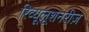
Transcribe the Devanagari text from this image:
रिव्यूलूशनरीज़